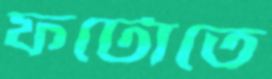
ফটোতে